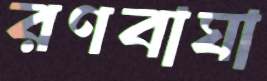
রণবাঘা